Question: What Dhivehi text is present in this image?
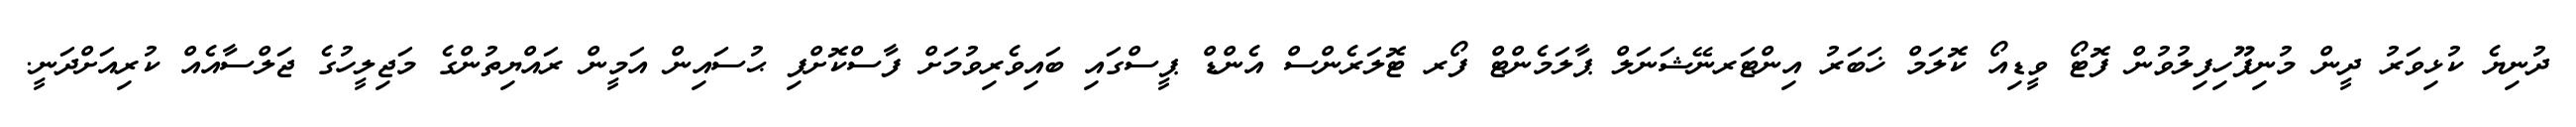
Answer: ދުނިޔެ ކުޅިވަރު ދީން މުނިފޫހިފިލުވުން ފޮޓޯ ވީޑިއޯ ކޮލަމް ޚަބަރު އިންޓަރނޭޝަނަލް ޕާލަމެންޓް ފޯރ ޓޮލަރެންސް އެންޑް ޕީސްގައި ބައިވެރިވުމަށް ފާސްކޮށްފި ޙުސައިން އަމީން ރައްޔިތުންގެ މަޖިލީހުގެ ޖަލްސާއެއް ކުރިއަށްދަނީ.